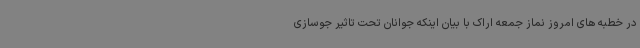
در خطبه های امروز نماز جمعه اراک با بیان اینکه جوانان تحت تاثیر جوسازی